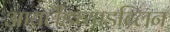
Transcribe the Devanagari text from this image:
आयर्लंडच्याडब्लिन